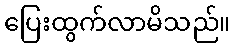
ပြေးထွက်လာမိသည်။